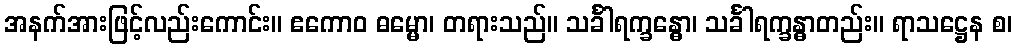
အနက်အားဖြင့်လည်းကောင်း။ ဧကောဝ ဓမ္မော၊ တရားသည်။ သင်္ခါရက္ခန္ဓော၊ သင်္ခါရက္ခန္ဓာတည်း။ ရာသဋ္ဌေန စ၊